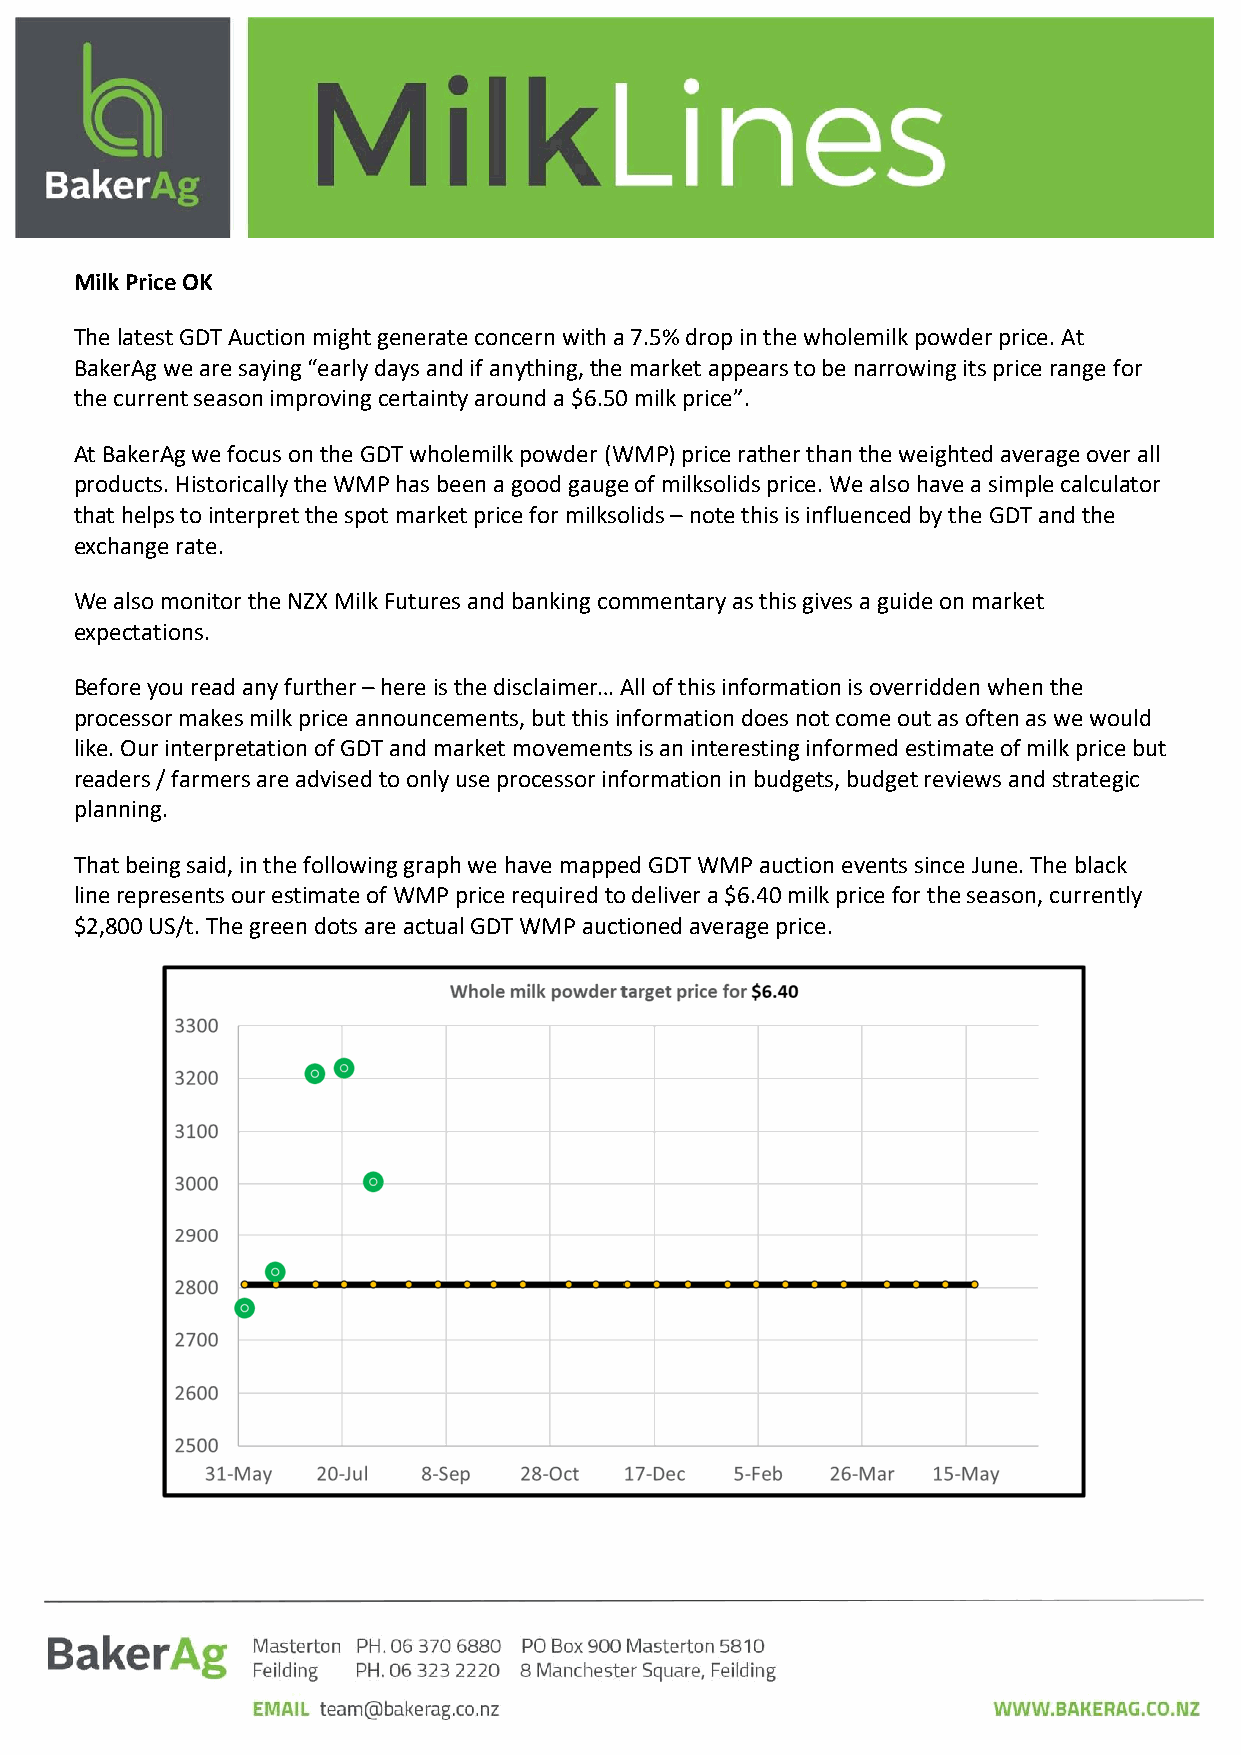
Milk Price OK
 The latest GDT Auction might generate concern with a 7.5% drop in the wholemilk powder price. At
 BakerAg we are saying “early days and if anything, the market appears to be narrowing its price range for
 the current season improving certainty around a $6.50 milk price”.
 At BakerAg we focus on the GDT wholemilk powder (WMP) price rather than the weighted average over all
 products. Historically the WMP has been a good gauge of milksolids price. We also have a simple calculator
 that helps to interpret the spot market price for milksolids – note this is influenced by the GDT and the
 exchange rate.
 We also monitor the NZX Milk Futures and banking commentary as this gives a guide on market
 expectations.
 Before you read any further – here is the disclaimer… All of this information is overridden when the
 processor makes milk price announcements, but this information does not come out as often as we would
 like. Our interpretation of GDT and market movements is an interesting informed estimate of milk price but
 readers / farmers are advised to only use processor information in budgets, budget reviews and strategic
 planning.
 That being said, in the following graph we have mapped GDT WMP auction events since June. The black
 line represents our estimate of WMP price required to deliver a $6.40 milk price for the season, currently
 $2,800 US/t. The green dots are actual GDT WMP auctioned average price.